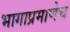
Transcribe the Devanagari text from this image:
भागाप्रमाणेच